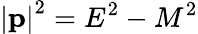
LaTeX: \left\vert\mathbf{p}\right\vert^{2}=E^{2}-M^{2}